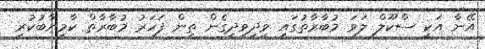
އޭނާ އަކީ ސްކޫލް ލަވަ މުބާރާތުގައި ވިދިވިދިގެން ތިން ފަހަރު މުބާރާތް ކާމިޔާބުކުރި